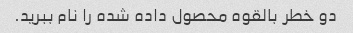
دو خطر بالقوه محصول داده شده را نام ببرید.